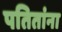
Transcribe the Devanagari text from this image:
पतितांना